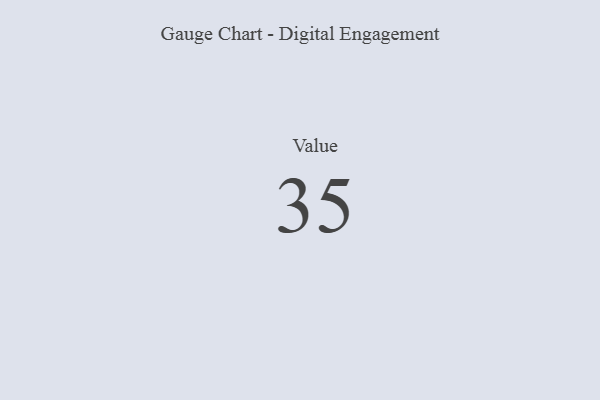
{"axis": {"x": "Metric", "y": "Value"}, "legend": [""], "data": [{"x": "Value", "y": 35, "type": ""}]}